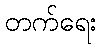
တက်ရေး